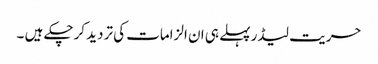
حریت لیڈر پہلے ہی ان الزامات کی تردید کرچکے ہیں ۔